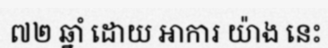
៧២ ឆ្នាំ ដោយ អាការ យ៉ាង នេះ